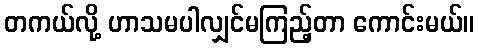
တကယ်လို့ ဟာသမပါလျှင်မကြည့်တာ ကောင်းမယ်။